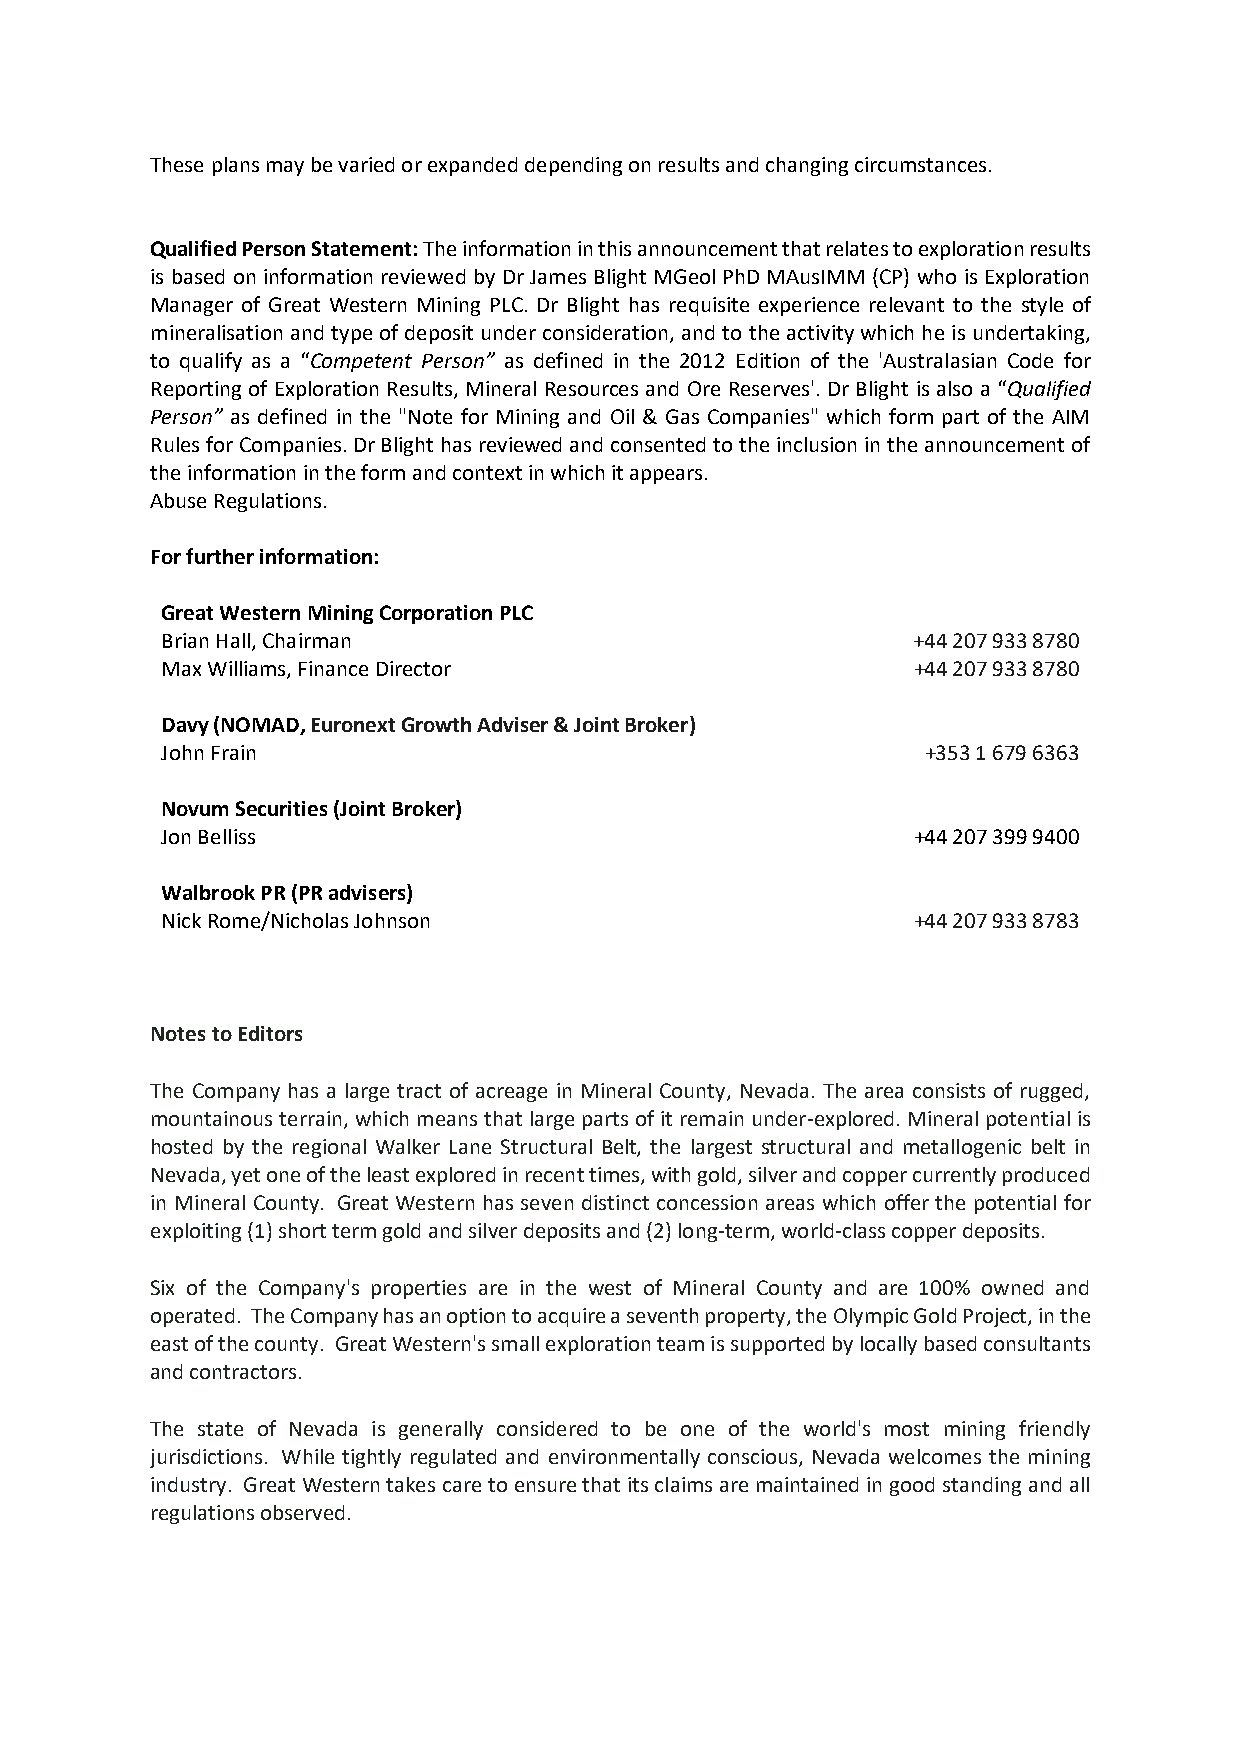
These plans may be varied or expanded depending on results and changing circumstances.
 Qualified Person Statement: The information in this announcement that relates to exploration results
 is based on information reviewed by Dr James Blight MGeol PhD MAusIMM (CP) who is Exploration
 Manager of Great Western Mining PLC. Dr Blight has requisite experience relevant to the style of
 mineralisation and type of deposit under consideration, and to the activity which he is undertaking,
 to qualify as a “Competent Person” as defined in the 2012 Edition of the 'Australasian Code for
 Reporting of Exploration Results, Mineral Resources and Ore Reserves'. Dr Blight is also a “Qualified
 Person” as defined in the "Note for Mining and Oil & Gas Companies" which form part of the AIM
 Rules for Companies. Dr Blight has reviewed and consented to the inclusion in the announcement of
 the information in the form and context in which it appears.
 Abuse Regulations.
 For further information:
 Great Western Mining Corporation PLC
 Brian Hall, Chairman                             +44 207 933 8780
 Max Williams, Finance Director                   +44 207 933 8780
 Davy (NOMAD, Euronext Growth Adviser & Joint Broker)
 John Frain                                        +353 1 679 6363
 Novum Securities (Joint Broker)
 Jon Belliss                                      +44 207 399 9400
 Walbrook PR (PR advisers)
 Nick Rome/Nicholas Johnson                       +44 207 933 8783
 Notes to Editors
 The Company has a large tract of acreage in Mineral County, Nevada. The area consists of rugged,
 mountainous terrain, which means that large parts of it remain under-explored. Mineral potential is
 hosted by the regional Walker Lane Structural Belt, the largest structural and metallogenic belt in
 Nevada, yet one of the least explored in recent times, with gold, silver and copper currently produced
 in Mineral County. Great Western has seven distinct concession areas which offer the potential for
 exploiting (1) short term gold and silver deposits and (2) long-term, world-class copper deposits.
 Six of the Company's properties are in the west of Mineral County and are 100% owned and
 operated. The Company has an option to acquire a seventh property, the Olympic Gold Project, in the
 east of the county. Great Western's small exploration team is supported by locally based consultants
 and contractors.
 The state of Nevada is generally considered to be one of the world's most mining friendly
 jurisdictions. While tightly regulated and environmentally conscious, Nevada welcomes the mining
 industry. Great Western takes care to ensure that its claims are maintained in good standing and all
 regulations observed.